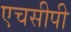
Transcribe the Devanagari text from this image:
एचसीपी